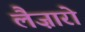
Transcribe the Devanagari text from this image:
लैज़ारो